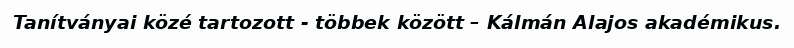
Tanítványai közé tartozott - többek között – Kálmán Alajos akadémikus.